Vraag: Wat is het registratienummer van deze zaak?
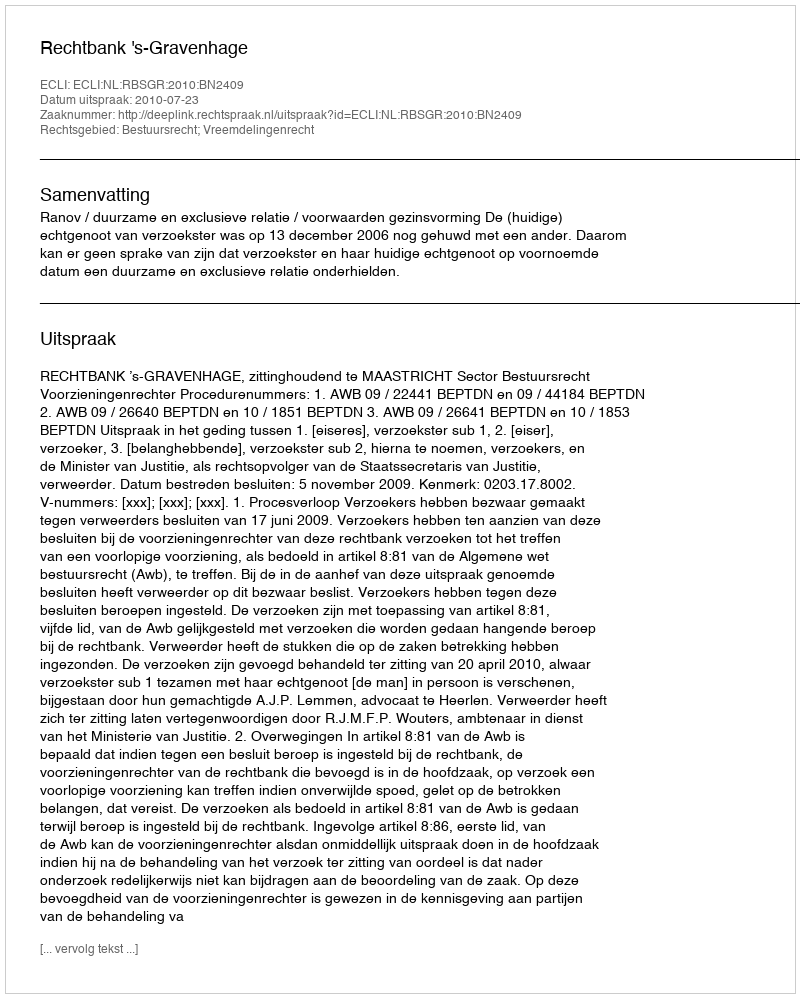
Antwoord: http://deeplink.rechtspraak.nl/uitspraak?id=ECLI:NL:RBSGR:2010:BN2409